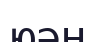
юән